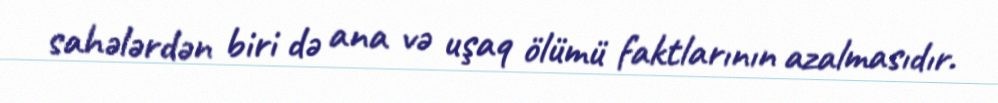
sahələrdən biri də ana və uşaq ölümü faktlarının azalmasıdır.